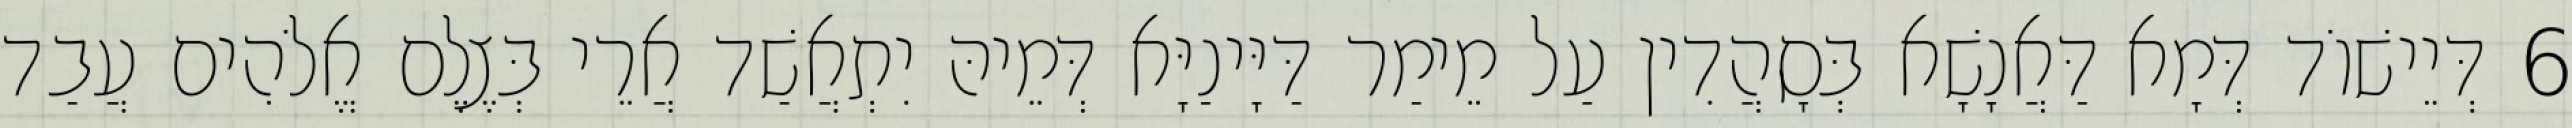
6 דְּיֵישׁוֹד דְּמָא דַּאֲנָשָׁא בְּסָהֲדִין עַל מֵימַר דַּיָּינַיָּא דְּמֵיהּ יִתְאֲשַׁד אֲרֵי בְּצֶלֶם אֱלֹהִים עֲבַד